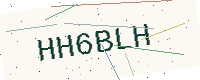
Text: HH6BLH